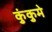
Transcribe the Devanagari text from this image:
कुंकुमे